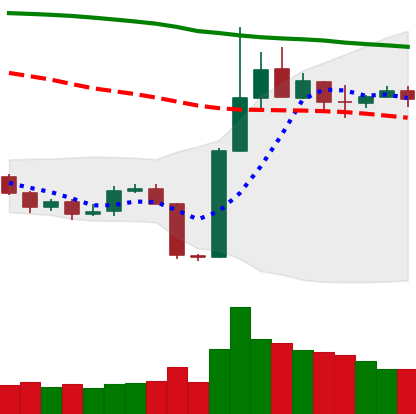
Ticker: BTC-USD
Chart end date: 2019-11-03
Forward return: -4.661%
Label: down_3_5